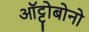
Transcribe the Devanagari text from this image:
ऑट्टोबोनो